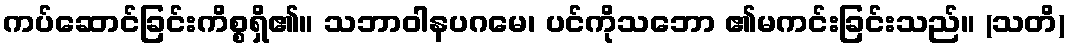
ကပ်ဆောင်ခြင်းကိစ္စရှိ၏။ သဘာဝါနပဂမေ၊ ပင်ကိုသဘော ၏မကင်းခြင်းသည်။ (သတိ)